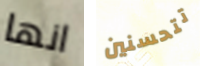
انها تتحسنين